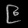
Digit: ၉